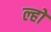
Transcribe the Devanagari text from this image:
ल्हो